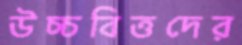
উচ্চবিত্তদের